Medical and sanitary report of the native army of Bengal for the year
Year: 1878
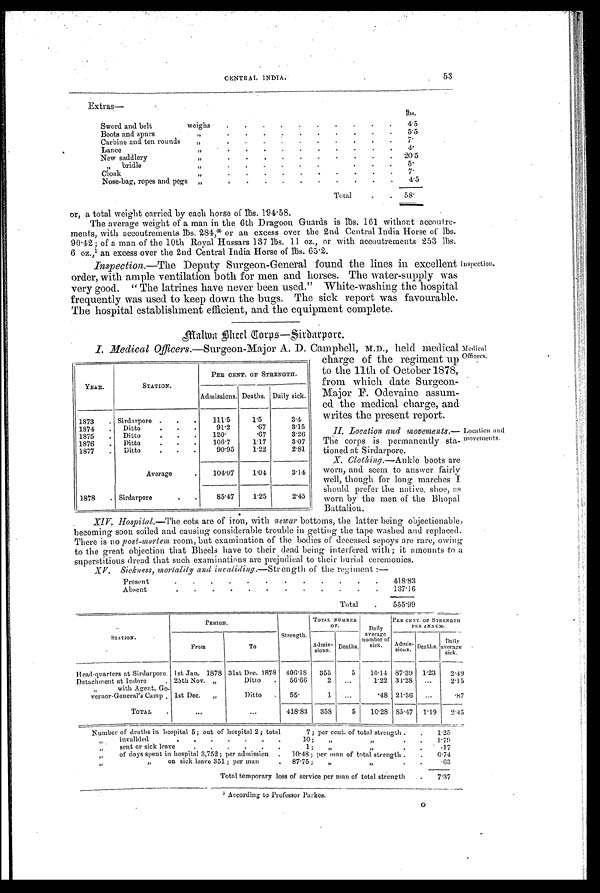
Medical
Officers.
Location and
movements.
CENTRAL INDIA.
53
Extras—
lbs.
Sword and belt weighs
.
.
.
.
.
.
.
.
.
.
4.5
Boots and spurs
, ,
.
.
.
.
.
.
.
.
.
5 . 5
Carbine and. ten rounds
,,
.
.
.
.
.
.
.
.
.
.
7 .
Lance
, ,
.
.
.
.
.
.
.
.
.
.
4 .
New saddlery
, ,
.
.
.
.
.
.
.
.
.
. 20.5
, , b r i d l e , ,
.
.
.
.
.
.
.
.
.
.
5 .
Cloak
,,
.
.
.
.
.
.
.
.
.
.
. 7 .
Nose-bag, ropes and pegs
„
.
.
.
.
.
.
.
.
.
.
4.5
Total
.
.
58.
or, a total weight carried by each horse of lbs. 194 . 58.
The average weight of a man in the 6th Dragoon Guards is lbs. 161 without accoutre-
ments, with accoutrements lbs. 284,* or an excess over the 2nd. Central India Horse of lbs.
90 . 42; of a man of the 10th Royal Hussars 137 lbs. 11 oz., or with accoutrements 253 lbs.
6 oz.,1 a n e x c e s s o v e r t h e 2 n d C e n t r a l I n d i a H o r s e o f l b s . 6 5 . 2 .
Inspection. —The Deputy Surgeon-General found the lines in excellent
order, with ample ventilation both for men and horses. The water-supply was
very good. " The latrines have never been used." White-washing the hospital
frequently was used to keep down the bugs. The sick report was favourable.
The hospital establishment efficient, and the equipment complete.
Malwa Bheel Corps—Sirdarpore.
Inspection.
I. Medical Officers. —Surgeon-Major A. D. Campbell, M.D., held medical
YEAR.
STATION.
PER CENT. OF STRENGTH.
Admissions. Deaths. Daily sick.
1873
. Sirdarpore .
.
.
111.5
1.5
3.4
1874
.
Ditto
.
. .
91.2
.67
3.15
1875
.
Ditto
.
. .
120.
.67
3.26
1876
.
Ditto
.
.
.
106.7
1.17
3.07
1877
.
Ditto
.
.
.
90.95
1.22
2.81
Average
.
104.07
1.04
3.14
1878
. Sirdarpore.
.
85.47
1.25
2.45
charge of the regiment up
to the 11th of October 1878,
from which date Surgeon-
Major F. Odevaine assum-
ed the medical charge, and
writes the present report.
II. Location. and movements. —
The corps is permanently sta-
tioned at Sirdarpore.
X. Clothing. —Ankle boots are
worn, and seem to answer fairly
well, though for long marches I
should prefer the native, shoe, as
worn by the men of the Bhopal
Battalion.
Hospital.—The cots are of iron, with newar bottoms, the latter being objectionable,
becoming soon soiled and causing considerable trouble in getting the tape washed and replaced.
There is no post-mortem room, but examination of the bodies of deceased sepoys are rare, owing
to the great objection that Bheels have to their dead being interfered with; it amounts to a
superstitious dread that such examinations are prejudical to their burial ceremonies.
XV. Sickness, mortality and invaliding. —Stren gth of the regiment :—
Present
.
.
.
.
.
.
.
.
.
.
.
.
418.83
Absent
.
.
.
.
.
.
.
.
.
.
.
.
137.16
Total
.
555.99
STATION.
P E R I O D .
Strength.
TOTAL NUMBER
OF.
Daily
average
number of
sick.
PER CENT. OF STRENGTH
P E R A N N U M .
From
To
Admis-
sions. Deaths.
Admis-
sions. Deaths.
D a i l y s i c k .
Head-quarters at Sirdarpore. 1st Jan. 1878 31st Dec. 1878 406.18
355
5
10.14 87.39 1.23
2.49
Detachment at Indore
, , w i t h A g e n t , G o -
25th Nov. „
Ditto
.
56.66
2
...
1.22 31.28 ...
2.15
vernor-General's Camp . 1st Dec.
„
Ditto
.
55.
1
...
.48 21 . 36
...
.87
TOTAL
.
. . .
...
418.83
358
5
10.28 85.47
1.19
2.45
Number of deaths in hospital 5; out of hospital 2; total
7; per cent. of total strength .
.
1.25
,, i n v a l i d e d 1 0 ;
„ •
. .
1.79
sent or sick leave
.
.
.
. . . 1 ;
, ,
.
.17
„
of days spent in hospital 3,752; per admission
. 1 0 . 4 8 ; p e rm
a noft
o t a l s t r e n g t h .
.
6.74
„
on sick leave 351 ; per man . 87.75;
„
,,
.
.63
Total temporary loss of service per man of total strength
.
7.37
1 According to Professor Parkes.
O